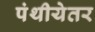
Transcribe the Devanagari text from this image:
पंथीयेतर